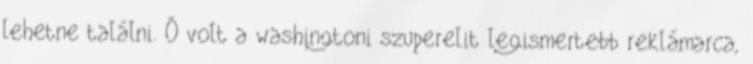
lehetne találni. Ő volt a washingtoni szuperelit legismertebb reklámarca,